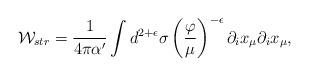
LaTeX: \begin{align*}{\cal W}_{str}=\frac{1}{4\pi\alpha'}\int d^{2+\epsilon}\sigma\left(\frac{\varphi}{\mu}\right)^{-\epsilon} \partial_i x_\mu \partial_i x_\mu, \end{align*}